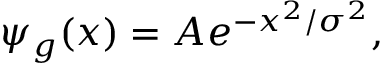
\psi _ { g } ( x ) = A e ^ { - x ^ { 2 } / \sigma ^ { 2 } } ,